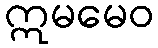
ဣမမေဝ